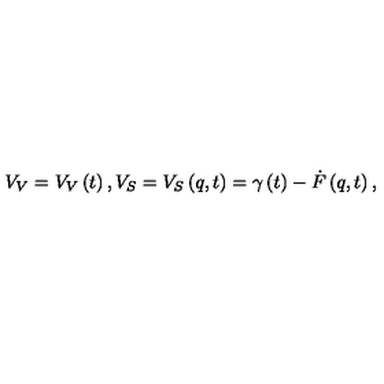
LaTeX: V _ { V } = V _ { V } \left( t \right) , V _ { S } = V _ { S } \left( q , t \right) = \gamma \left( t \right) - \dot { F } \left( q , t \right) ,